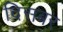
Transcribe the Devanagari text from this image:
दिसबर